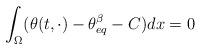
LaTeX: \begin{align*} \int_\Omega (\theta(t,\cdot)-\theta^\beta_{eq} -C)dx =0\end{align*}